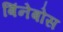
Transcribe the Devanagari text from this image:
बिंनेबोस